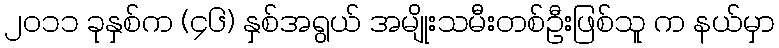
၂၀၁၁ ခုနှစ်က (၄၆) နှစ်အရွယ် အမျိုးသမီးတစ်ဦးဖြစ်သူ က နယ်မှာ